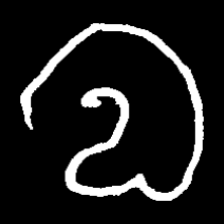
Pyu character \u2014 Myanmar letter: လ (romanized: la)